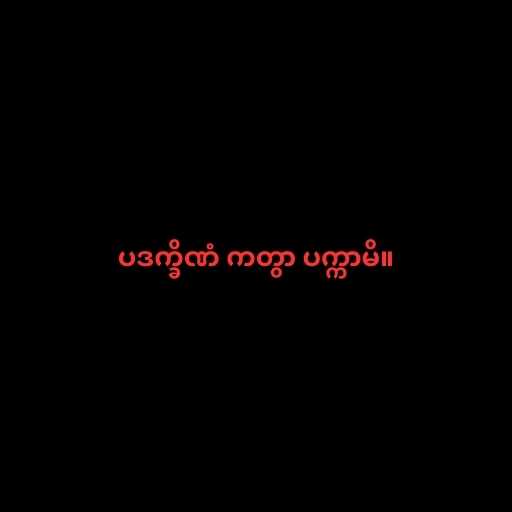
ပဒက္ခိဏံ ကတွာ ပက္ကာမိ။